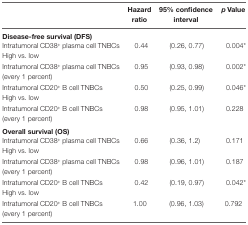
<table><thead><tr><td></td><td><b>Hazard ratio</b></td><td><b>95% confidence interval</b></td><td><b><i>p</i>Value</b></td></tr></thead><tbody><tr><td colspan="4"><b>Disease-free survival (DFS)</b></td></tr><tr><td>Intratumoral CD38<sup>+</sup> plasma cell TNBCsHigh vs. low</td><td>0.44</td><td>(0.26, 0.77)</td><td>0.004*</td></tr><tr><td>Intratumoral CD38<sup>+</sup> plasma cell TNBCs (every 1 percent)</td><td>0.95</td><td>(0.93, 0.98)</td><td>0.002*</td></tr><tr><td>Intratumoral CD20<sup>+</sup> B cell TNBCsHigh vs. low</td><td>0.50</td><td>(0.25, 0.99)</td><td>0.046*</td></tr><tr><td>Intratumoral CD20<sup>+</sup> B cell TNBCs (every 1 percent)</td><td>0.98</td><td>(0.95, 1.01)</td><td>0.228</td></tr><tr><td colspan="4"><b>Overall survival (OS)</b></td></tr><tr><td>Intratumoral CD38<sup>+</sup> plasma cell TNBCsHigh vs. low</td><td>0.66</td><td>(0.36, 1.2)</td><td>0.171</td></tr><tr><td>Intratumoral CD38<sup>+</sup> plasma cell TNBCs (every 1 percent)</td><td>0.98</td><td>(0.96, 1.01)</td><td>0.187</td></tr><tr><td>Intratumoral CD20<sup>+</sup> B cell TNBCsHigh vs. low</td><td>0.42</td><td>(0.19, 0.97)</td><td>0.042*</td></tr><tr><td>Intratumoral CD20<sup>+</sup> B cell TNBCs (every 1 percent)</td><td>1.00</td><td>(0.96, 1.03)</td><td>0.792</td></tr></tbody></table>